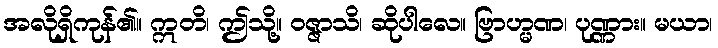
အလိုရှိကုန်၏။ ဣတိ၊ ဤသို့။ ဝဇ္ဇာသိ၊ ဆိုပါလေ။ ဗြာဟ္မဏ၊ ပုဏ္ဏား။ မယာ၊